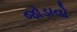
જોડાવો